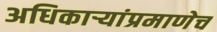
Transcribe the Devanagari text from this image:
अधिकाऱ्यांप्रमाणेच